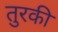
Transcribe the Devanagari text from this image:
तुरकी